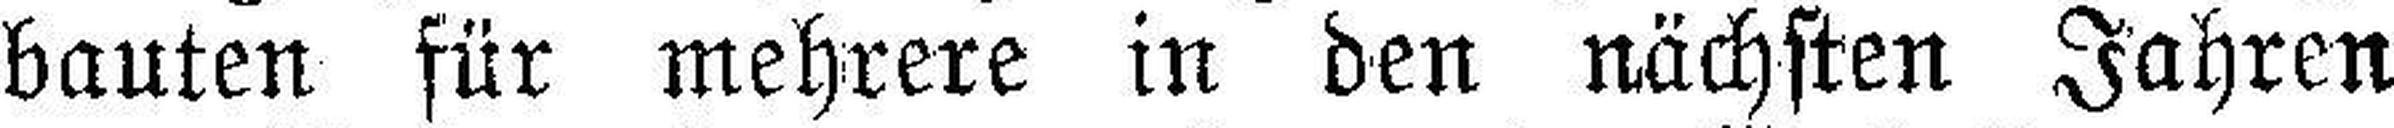
bauten für mehrere in den nächsten Jahren